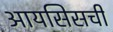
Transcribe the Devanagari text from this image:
आयसिसची